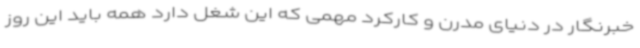
خبرنگار در دنیای مدرن و کارکرد مهمی که این شغل دارد همه باید این روز